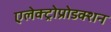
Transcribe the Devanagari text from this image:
एलेक्ट्रोप्रोडक्शन